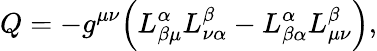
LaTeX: Q=-g^{\mu\nu}\Big(L_{\beta\mu}^{\alpha}L_{\nu\alpha}^{\beta}-L_{\beta\alpha}^{\alpha}L_{\mu\nu}^{\beta}\Big),